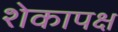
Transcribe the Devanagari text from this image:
शेकापक्ष